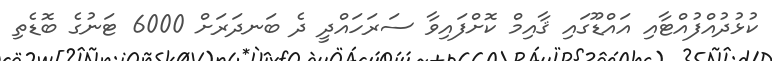
ކުޅުދުއްފުއްޓާއި އައްޑޫގައި ޤާއިމް ކޮށްފައިވާ ސަރަހައްދީ ދެ ބަނދަރަށް 6000 ޓަނުގެ ބޮޑެތި